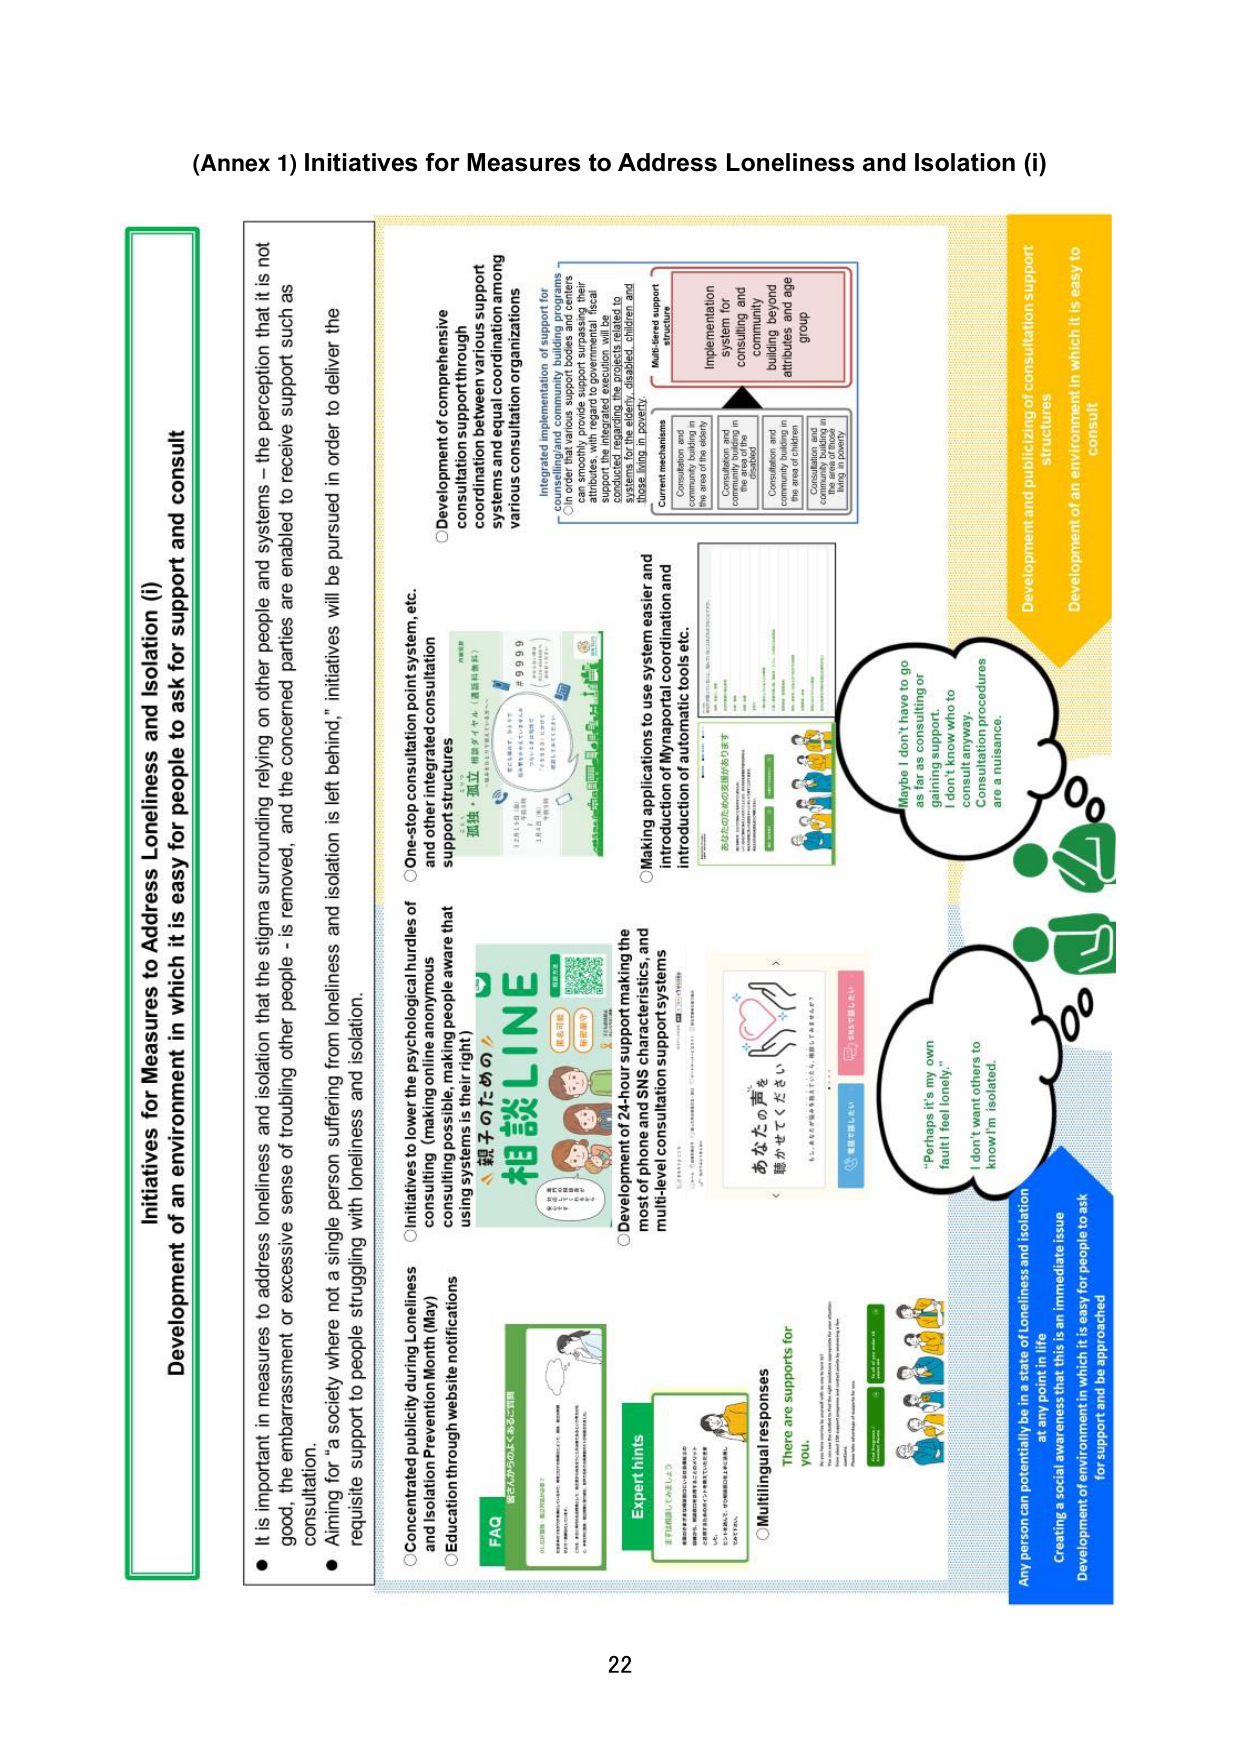
(Annex 1) Initiatives for Measures to Address Loneliness and Isolation (i)

Initiatives for Measures to Address Loneliness and Isolation (i)
Development of an environment in which it is easy for people to ask for support and consult

● It is important in measures to address loneliness and isolation that the stigma surrounding relying on other people and systems – the perception that it is not good, the embarrassment or excessive sense of troubling other people – is removed, and the concerned parties are enabled to receive support such as consultation.
● Aiming for “a society where not a single person suffering from loneliness and isolation is left behind,” initiatives will be pursued in order to deliver the requisite support to people struggling with loneliness and isolation.

○ Concentrated publicity during Loneliness and Isolation Prevention Month (May)
○ Education through website notifications

○ Initiatives to lower the psychological hurdles of consulting (making online anonymous consulting possible, making people aware that using systems is their right)

○ One-stop consultation point system, etc.
○ Development of comprehensive consultation support through coordination between various support systems and equal coordination among various consultation organizations

○ Development of 24-hour support making the most of phone and SNS support characteristics, and multi-level consultation support systems

○ Making applications to use system easier and introduction of MyNapora coordination and introduction of automatic tools etc.

○ Multilingual responses
There are supports for you.

FAQ
相談LINE
親子のための
あなたの声を
聴かせてください
Expert hints

Integrated implementation of support for consultation
In order that various support bodies and centers can smoothly provide support surpassing their attributes, with regard to governmental fiscal support, integrated implementation of support will be conducted regarding the projects related to systems for the elderly, disabled, children and those living in poverty.

Current mechanisms
Consultation and community building in the area of the elderly
Consultation and community building in the area of the disabled
Consultation and community building in the area of children
Consultation and community building in the area of those living in poverty

Multi-tiered support structure
Implementation system for consulting and community building beyond attributes and age group

Maybe I don’t have to go as far as consulting or gaining support. I don’t know who to consult anyway. Consultation procedures are a nuisance.

“Perhaps it’s my own fault I feel lonely.” I don’t want others to know I’m isolated.

Development and publicizing of consultation support structures
Development of an environment in which it is easy to consult

Any person can potentially be in a state of loneliness and isolation at any point in life
Creating a social awareness that this is an immediate issue
Development of an environment in which it is easy for people to ask for support and be approached

22